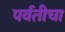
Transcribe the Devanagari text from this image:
पर्वतीचा